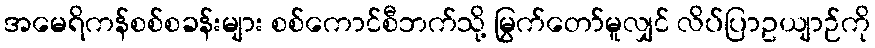
အမေရိကန်စစ်စခန်းများ စစ်ကောင်စီဘက်သို့ မြွက်တော်မူလျှင် လိပ်ပြာဥယျာဉ်ကို